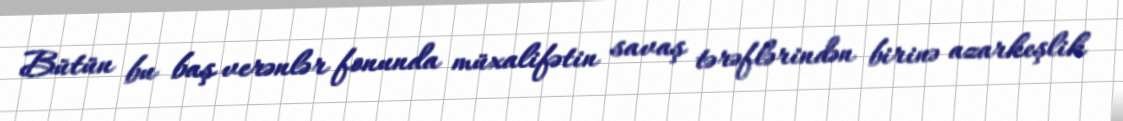
Bütün bu baş verənlər fonunda müxalifətin savaş tərəflərindən birinə azarkeşlik